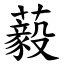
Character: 藙